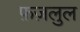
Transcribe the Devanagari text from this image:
फ़ज़लुल